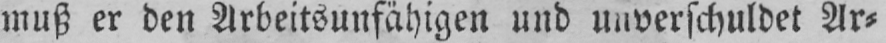
muß er den Arbeitsunfähigen und unverschuldet Ar⸗